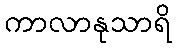
ကာလာနုသာရိ